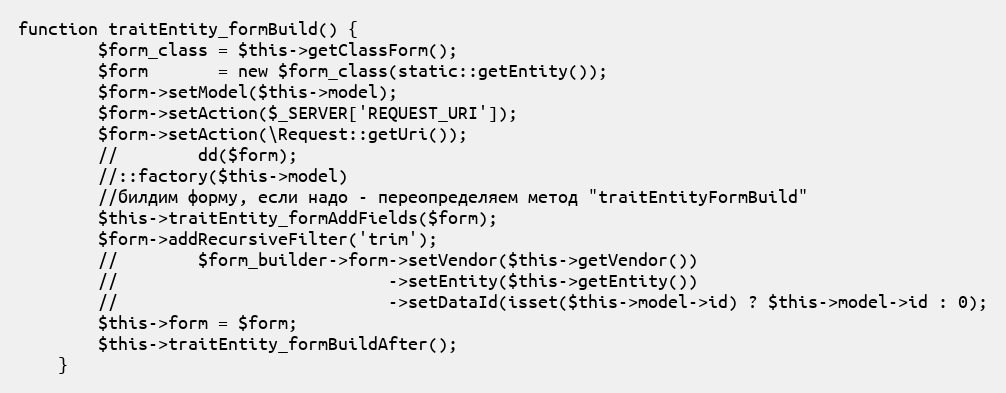
Language: PHP
function traitEntity_formBuild() {
        $form_class = $this->getClassForm();
        $form       = new $form_class(static::getEntity());
        $form->setModel($this->model);
        $form->setAction($_SERVER['REQUEST_URI']);
        $form->setAction(\Request::getUri());
        //        dd($form);
        //::factory($this->model)
        //билдим форму, если надо - переопределяем метод "traitEntityFormBuild"
        $this->traitEntity_formAddFields($form);
        $form->addRecursiveFilter('trim');
        //        $form_builder->form->setVendor($this->getVendor())
        //                           ->setEntity($this->getEntity())
        //                           ->setDataId(isset($this->model->id) ? $this->model->id : 0);
        $this->form = $form;
        $this->traitEntity_formBuildAfter();
    }